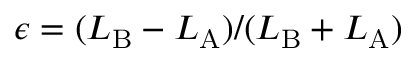
\epsilon = ( L _ { \mathrm { B } } - L _ { \mathrm { A } } ) / ( L _ { \mathrm { B } } + L _ { \mathrm { A } } )